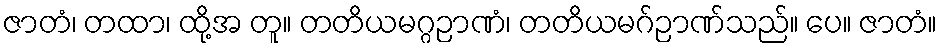
ဇာတံ၊ တထာ၊ ထို့အ တူ။ တတိယမဂ္ဂဉာဏံ၊ တတိယမဂ်ဉာဏ်သည်။ ပေ။ ဇာတံ။